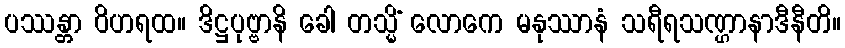
ပဿန္တာ ဝိဟရထ။ ဒိဋ္ဌပုဗ္ဗာနိ ခေါ တသ္မိံ လောကေ မနုဿာနံ သရီရသဏ္ဌာနာဒီနီတိ။